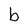
Character: b